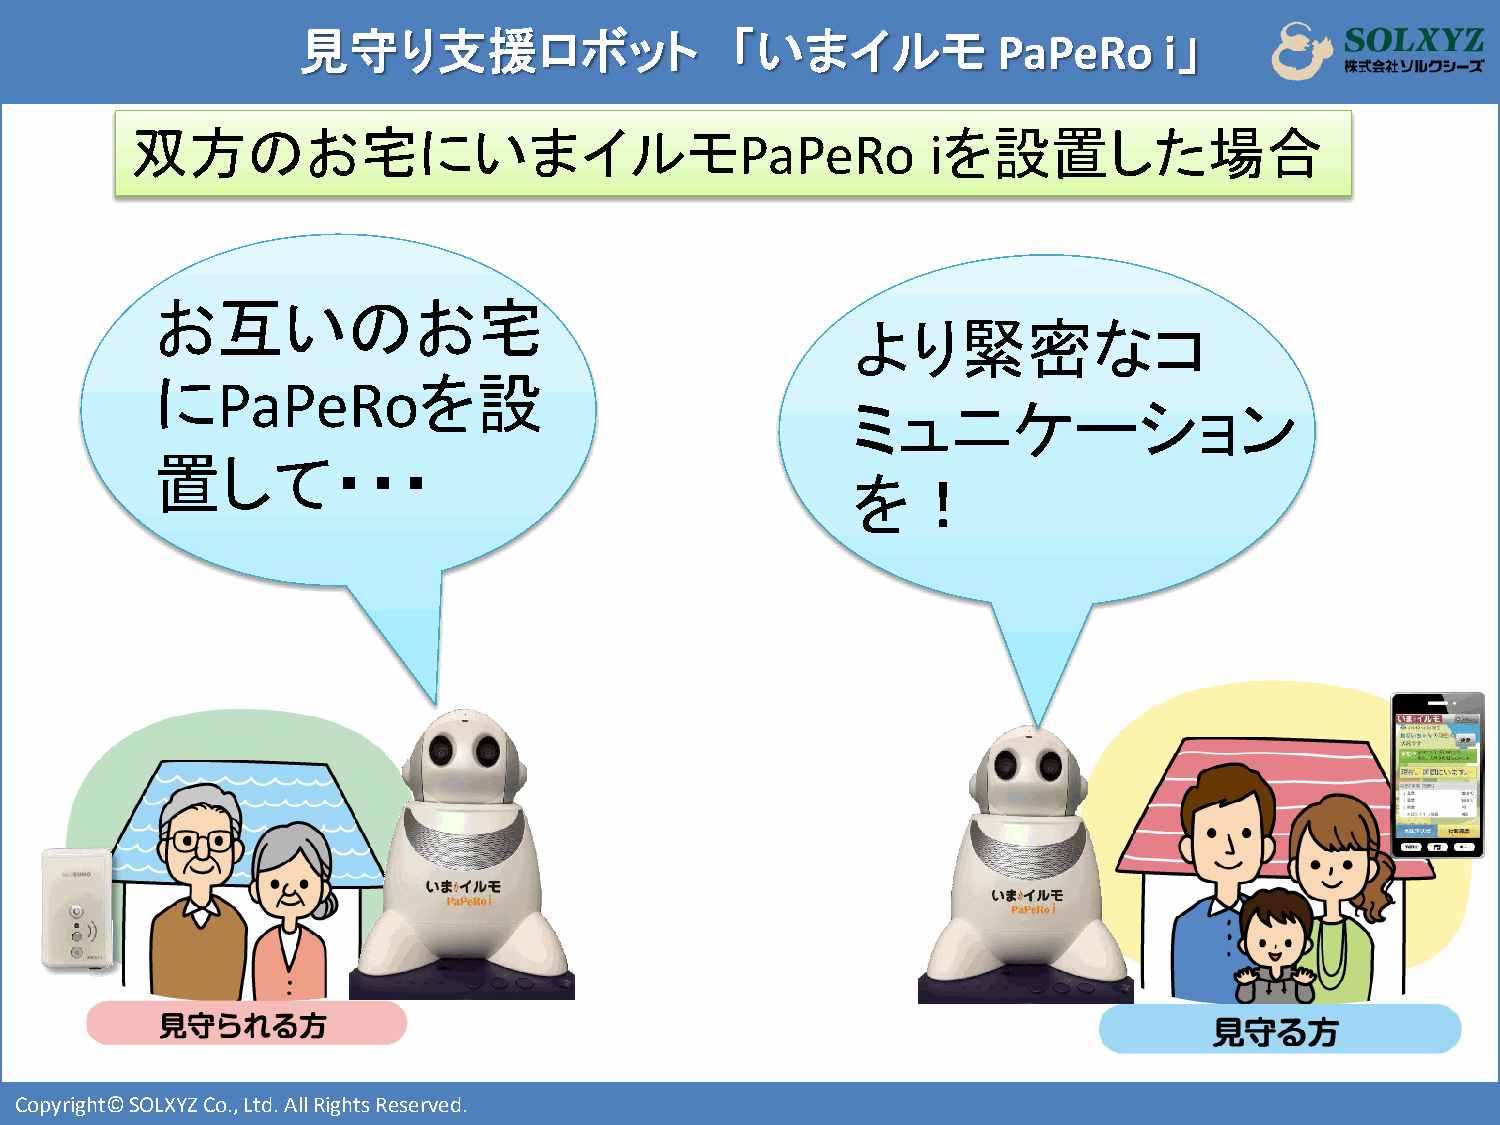
見守り支援ロボット                   「いまイルモ            PaPeRo     i」
 双方のお宅にいまイルモ                                          を設置した場合
 PaPeRo       i
 お互いのお宅
 より緊密なコ
 に                 を設
 PaPeRo
 ミュニケーション
 置して・・・
 を！
 i
 i
 Copyright© SOLXYZ Co., Ltd. All Rights Reserved.